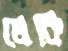
লেকি